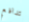
تدافع